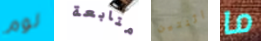
لوم متابعة اثنتين ما